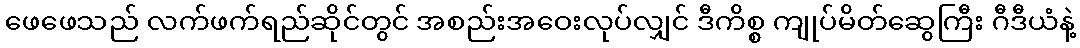
ဖေဖေသည် လက်ဖက်ရည်ဆိုင်တွင် အစည်းအဝေးလုပ်လျှင် ဒီကိစ္စ ကျုပ်မိတ်ဆွေကြီး ဂီဒီယံနဲ့